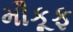
મૌકૂફ